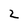
Character: 2